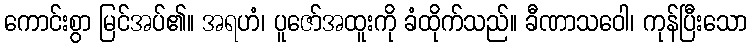
ကောင်းစွာ မြင်အပ်၏။ အရဟံ၊ ပူဇော်အထူးကို ခံထိုက်သည်။ ခီဏာသဝေါ၊ ကုန်ပြီးသော